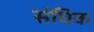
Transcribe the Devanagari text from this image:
संघिक